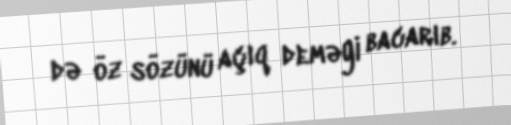
də öz sözünü açıq deməyi bacarıb.